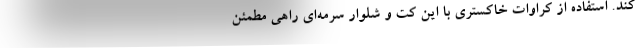
کند. استفاده از کراوات خاکستری با این کت و شلوار سرمه‌ای راهی مطمئن